Insane asylums in Bengal annual reports 1867-1875 - 1867-1875
Year: 1867
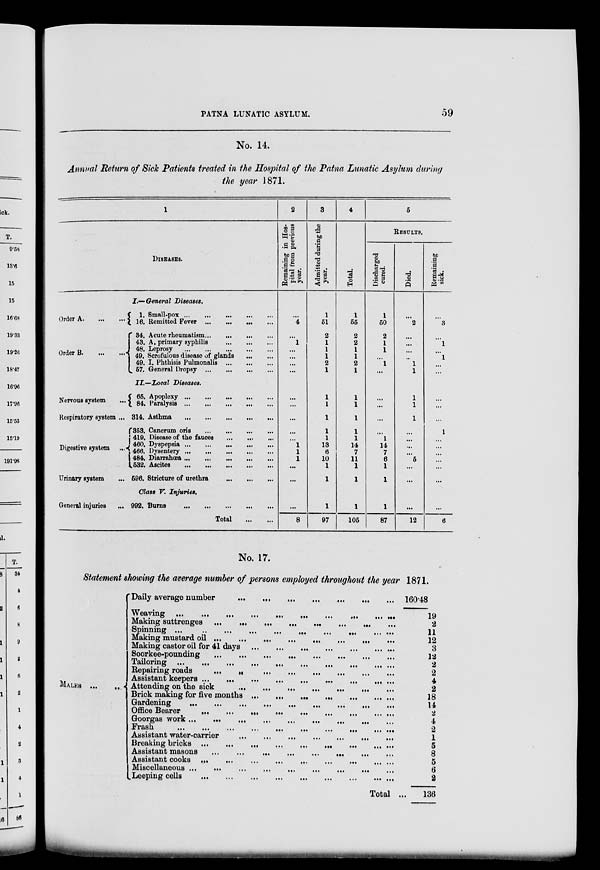
PATNA LUNATIC ASYLUM.
59
No. 14.
Annual Return of Sick Patients treated in the Hospital of the Patna Lunatic Asylum during
the year 1871.
1
DISEASES.
I.—General Diseases.
Order A. ... ...
Order B. ... ...
1. Small-pox
...
...
...
...
...
16. Remitted Fever
...
...
...
...
34. Acute rheumatism ... ... ... ...
43. A. primary syphilis
...
...
...
48. Leprosy
...
...
...
...
...
49. Scrofulous disease of glands
...
...
49. I. Phthisis Pulmonalis
...
...
...
57. General Dropsy
...
...
...
...
II.—Local Diseases.
Nervous system ...
Respiratory system ...
Digestive system ...
Urinary system ...
65. Apoplexy
...
...
...
...
...
84. Paralysis ... ... ... ... ...
314. Asthma ... ... ... ... ...
353. Cancrum oris
...
...
...
...
419. Disease of the fauces
...
...
...
460. Dyspepsia
...
...
...
...
...
466. Dysentery
...
...
...
...
...
484. Diarrahœa ... ... ... ... ...
532. Ascites
...
...
...
...
...
596. Stricture of urethra
...
...
...
Class V. Injuries.
General injuries ...
992. Burns
... ... ... ... ... ...
Total
...
...
2
Remaining in Hos-
pital from previous
year.
...
4
...
1
...
...
...
...
...
...
...
...
...
1
1
1
...
...
...
8
3
Admitted during the
year.
1
51
2
1
1
1
2
1
1
1
1
1
1
13
6
10
1
1
1
97
4
Total.
1
55
2
2
1
1
2
1
1
1
1
1
1
14
7
11
1
1
1
105
5
RESULTS.
Discharged
cured.
1
50
2
1
1
...
l
...
...
...
...
...
l
14
7
6
1
1
1
87
Died.
...
2
...
...
...
...
1
1
1
1
1
...
...
...
...
5
...
...
...
12
Remaining
sick.
...
3
...
l
...
l
...
...
...
...
...
1
...
...
...
...
...
...
...
6
No. 17.
Statement showing the average number of persons employed throughout the year 1871.
MALES ... ...
Daily average number
...
...
...
...
...
...
...
Weaving ...
...
...
...
...
...
...
...
...
...
Making suttrenges
...
...
...
...
...
...
...
...
Spinning
...
...
...
...
...
...
...
...
...
...
Making mustard oil
...
...
...
...
...
...
...
...
Making castor oil for 41 days
...
...
...
...
...
...
...
Soorkee-pounding
...
...
...
...
...
...
...
...
Tailoring ... ... ... ... ... ... ... ... ... ...
Repairing roads
...
...
...
...
...
...
...
...
Assistant keepers
...
...
...
...
...
...
...
...
...
Attending on the sick
...
...
...
...
...
...
...
Brick making for five months ... ... ... ... ... ...
Gardening
...
...
...
...
...
...
...
...
...
Office Bearer
...
...
...
...
...
...
...
...
...
Goorgas work
...
...
...
...
...
...
...
...
...
Frash
...
...
... ... ...
...
...
...
... ...
Assistant water-carrier
...
...
...
...
...
...
...
Breaking bricks ... ... ... ... ... ... ... ... ...
Assistant masons
...
...
...
...
...
...
...
...
Assistant cooks
...
...
...
...
...
...
...
...
...
Miscellaneous
...
...
...
...
...
...
...
...
...
Leeping cells
...
...
...
...
...
...
...
...
...
Total ...
160.48
19
2
11
12
3
12
2
2
4
2
18
14
2
4
2
1
5
8
5
6
2
136